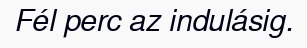
Fél perc az indulásig.